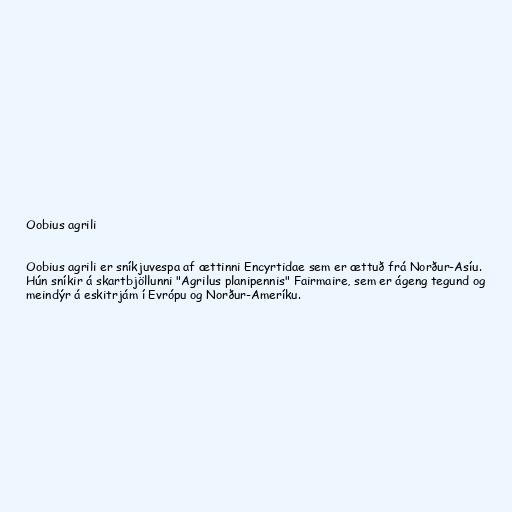
Oobius agrili

Oobius agrili er sníkjuvespa af ættinni Encyrtidae sem er ættuð frá Norður-Asíu.
Hún sníkir á skartbjöllunni "Agrilus planipennis" Fairmaire, sem er ágeng tegund og
meindýr á eskitrjám í Evrópu og Norður-Ameríku.